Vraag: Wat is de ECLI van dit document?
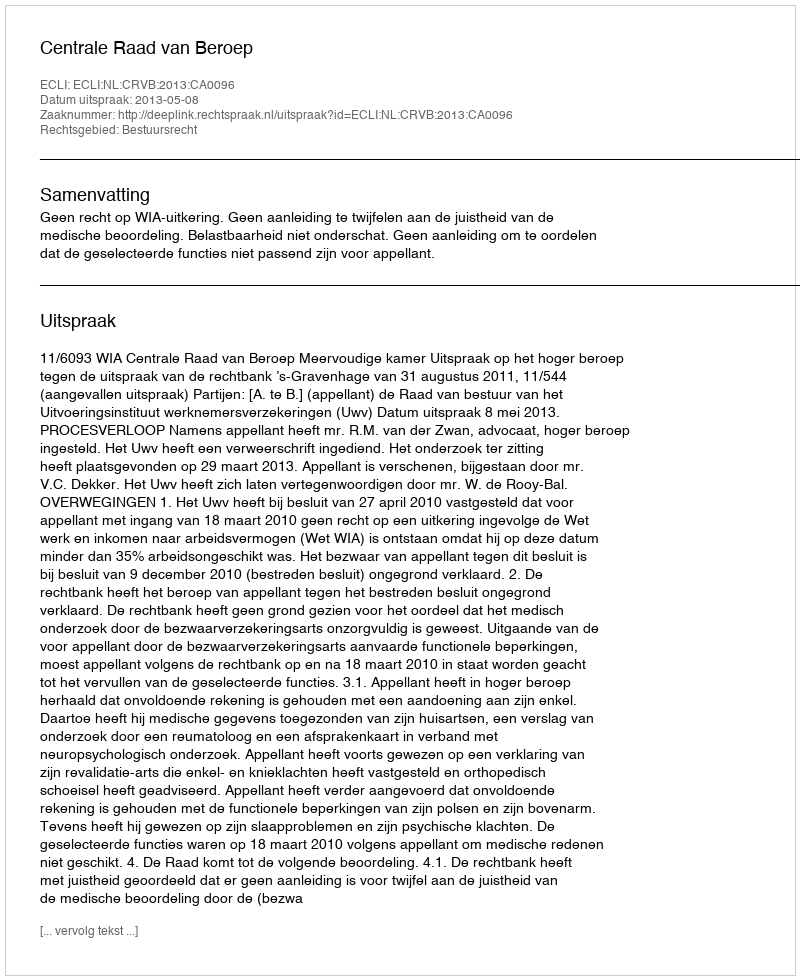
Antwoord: ECLI:NL:CRVB:2013:CA0096